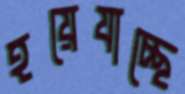
হয়েযাচ্ছে